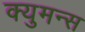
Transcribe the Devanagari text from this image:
क्युमन्स